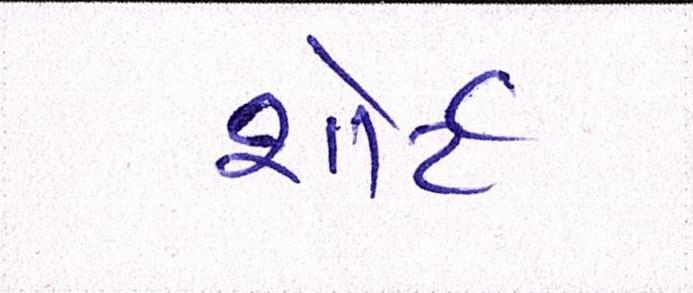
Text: શોર્ટ